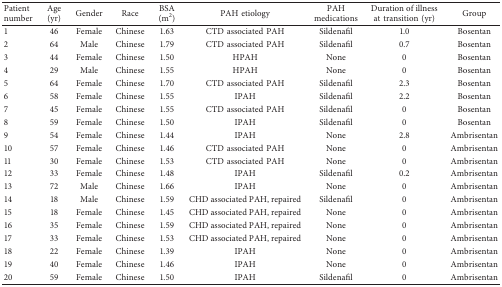
<table><thead><tr><td><b>Patient number</b></td><td><b>Age (yr)</b></td><td><b>Gender</b></td><td><b>Race</b></td><td><b>BSA (m<sup>2</sup>)</b></td><td><b>PAH etiology</b></td><td><b>PAH medications</b></td><td><b>Duration of illness at transition (yr)</b></td><td><b>Group</b></td></tr></thead><tbody><tr><td>1</td><td>46</td><td>Female</td><td>Chinese</td><td>1.63</td><td>CTD associated PAH</td><td>Sildenafil</td><td>1.0</td><td>Bosentan</td></tr><tr><td>2</td><td>64</td><td>Male</td><td>Chinese</td><td>1.79</td><td>CTD associated PAH</td><td>Sildenafil</td><td>0.7</td><td>Bosentan</td></tr><tr><td>3</td><td>44</td><td>Female</td><td>Chinese</td><td>1.50</td><td>HPAH</td><td>None</td><td>0</td><td>Bosentan</td></tr><tr><td>4</td><td>29</td><td>Male</td><td>Chinese</td><td>1.55</td><td>HPAH</td><td>None</td><td>0</td><td>Bosentan</td></tr><tr><td>5</td><td>64</td><td>Female</td><td>Chinese</td><td>1.70</td><td>CTD associated PAH</td><td>Sildenafil</td><td>2.3</td><td>Bosentan</td></tr><tr><td>6</td><td>58</td><td>Female</td><td>Chinese</td><td>1.55</td><td>IPAH</td><td>Sildenafil</td><td>2.2</td><td>Bosentan</td></tr><tr><td>7</td><td>45</td><td>Female</td><td>Chinese</td><td>1.55</td><td>CTD associated PAH</td><td>Sildenafil</td><td>0</td><td>Bosentan</td></tr><tr><td>8</td><td>59</td><td>Female</td><td>Chinese</td><td>1.50</td><td>IPAH</td><td>Sildenafil</td><td>0</td><td>Bosentan</td></tr><tr><td>9</td><td>54</td><td>Female</td><td>Chinese</td><td>1.44</td><td>IPAH</td><td>None</td><td>2.8</td><td>Ambrisentan</td></tr><tr><td>10</td><td>57</td><td>Female</td><td>Chinese</td><td>1.46</td><td>CTD associated PAH</td><td>None</td><td>0</td><td>Ambrisentan</td></tr><tr><td>11</td><td>30</td><td>Female</td><td>Chinese</td><td>1.53</td><td>CTD associated PAH</td><td>None</td><td>0</td><td>Ambrisentan</td></tr><tr><td>12</td><td>33</td><td>Female</td><td>Chinese</td><td>1.48</td><td>IPAH</td><td>Sildenafil</td><td>0.2</td><td>Ambrisentan</td></tr><tr><td>13</td><td>72</td><td>Male</td><td>Chinese</td><td>1.66</td><td>IPAH</td><td>None</td><td>0</td><td>Ambrisentan</td></tr><tr><td>14</td><td>18</td><td>Male</td><td>Chinese</td><td>1.59</td><td>CHD associated PAH, repaired</td><td>Sildenafil</td><td>0</td><td>Ambrisentan</td></tr><tr><td>15</td><td>18</td><td>Female</td><td>Chinese</td><td>1.45</td><td>CHD associated PAH, repaired</td><td>None</td><td>0</td><td>Ambrisentan</td></tr><tr><td>16</td><td>35</td><td>Female</td><td>Chinese</td><td>1.59</td><td>CHD associated PAH, repaired</td><td>None</td><td>0</td><td>Ambrisentan</td></tr><tr><td>17</td><td>33</td><td>Female</td><td>Chinese</td><td>1.53</td><td>CHD associated PAH, repaired</td><td>None</td><td>0</td><td>Ambrisentan</td></tr><tr><td>18</td><td>22</td><td>Female</td><td>Chinese</td><td>1.39</td><td>IPAH</td><td>None</td><td>0</td><td>Ambrisentan</td></tr><tr><td>19</td><td>40</td><td>Female</td><td>Chinese</td><td>1.46</td><td>IPAH</td><td>None</td><td>0</td><td>Ambrisentan</td></tr><tr><td>20</td><td>59</td><td>Female</td><td>Chinese</td><td>1.50</td><td>IPAH</td><td>Sildenafil</td><td>0</td><td>Ambrisentan</td></tr></tbody></table>